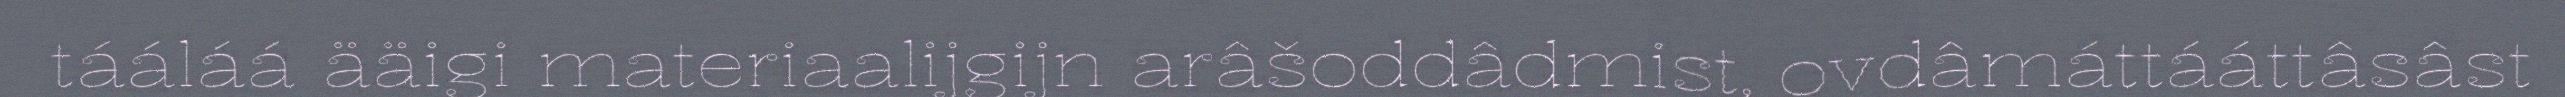
tááláá ääigi materiaalijgijn arâšoddâdmist, ovdâmáttááttâsâst